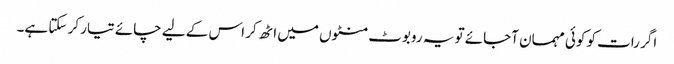
اگر رات کو کوئی مہمان آجائے تو یہ روبوٹ منٹوں میں اٹھ کر اس کے لیے چائے تیار کر سکتا ہے۔